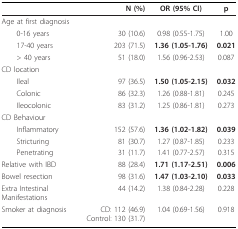
|  | N (%) | OR (95% CI) | p |
 | --- | --- | --- | --- |
 | Age at first diagnosis |  |  |  |
 | 0-16 years | 30 (10.6) | 0.98 (0.55-1.75) | 1.00 |
 | 17-40 years | 203 (71.5) | 1.36 (1.05-1.76) | 0.021 |
 | > 40 years | 51 (18.0) | 1.56 (0.96-2.53) | 0.087 |
 | CD location |  |  |  |
 | Ileal | 97 (36.5) | 1.50 (1.05-2.15) | 0.032 |
 | Colonic | 86 (32.3) | 1.26 (0.88-1.81) | 0.245 |
 | Ileocolonic | 83 (31.2) | 1.25 (0.86-1.81) | 0.273 |
 | CD Behaviour |  |  |  |
 | Inflammatory | 152 (57.6) | 1.36 (1.02-1.82) | 0.039 |
 | Stricturing | 81 (30.7) | 1.27 (0.87-1.85) | 0.233 |
 | Penetrating | 31 (11.7) | 1.41 (0.77-2.57) | 0.315 |
 | Relative with IBD | 88 (28.4) | 1.71 (1.17-2.51) | 0.006 |
 | Bowel resection | 98 (31.6) | 1.47 (1.03-2.10) | 0.033 |
 | Extra Intestinal Manifestations | 44 (14.2) | 1.38 (0.84-2.28) | 0.228 |
 | Smoker at diagnosis | CD: 112 (46.9)Control: 130 (31.7) | 1.04 (0.69-1.56) | 0.918 |